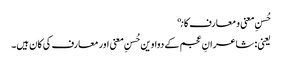
حُسنِ معنی و معارف کانې
یعنی: شاعرانِ عجم کے دواوین حُسنِ معنی اور معارف کی کان ہیں۔